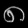
Digit: ၈